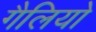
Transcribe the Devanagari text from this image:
गैलियो